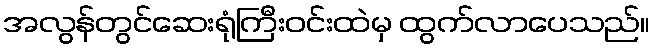
အလွန်တွင်ဆေးရုံကြီးဝင်းထဲမှ ထွက်လာပေသည်။